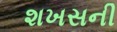
શખસની